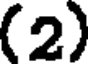
(2)